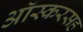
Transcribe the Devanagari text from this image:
ऑस्करसह